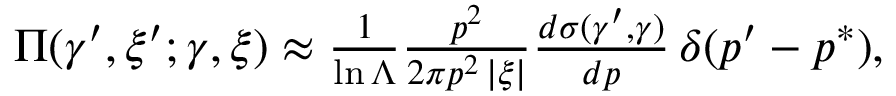
\begin{array} { r } { \Pi ( \gamma ^ { \prime } , \xi ^ { \prime } ; \gamma , \xi ) \approx \frac 1 { \ln \Lambda } \frac { p ^ { 2 } } { 2 \pi p ^ { 2 } \, | \xi | } \frac { d \sigma ( \gamma ^ { \prime } , \gamma ) } { d p } \, \delta ( p ^ { \prime } - p ^ { * } ) , } \end{array}